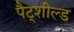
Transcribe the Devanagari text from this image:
पैट्शील्ड